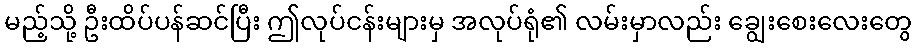
မည့်သို့ ဦးထိပ်ပန်ဆင်ပြီး ဤလုပ်ငန်းများမှ အလုပ်ရုံ၏ လမ်းမှာလည်း ချွေးစေးလေးတွေ